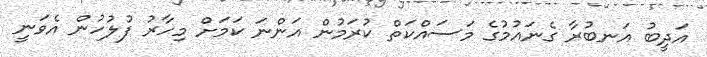
އަދީބު އަނބުރާ ގެނައުމުގެ މަސައްކަތް ކުރަމުން އަންނަ ކަމަށް މިހާރު ފުލުހުން އެވަނީ